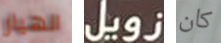
انهيار زويل كان